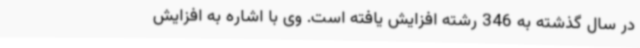
در سال گذشته به 346 رشته افزایش یافته است. وی با اشاره به افزایش